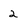
Character: 2